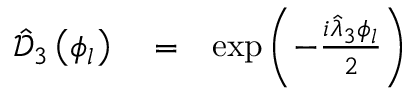
\begin{array} { r l r } { \hat { \mathcal D } _ { 3 } \left( \phi _ { l } \right) } & { { } = } & { \exp \left( - \frac { i \hat { \lambda } _ { 3 } \phi _ { l } } { 2 } \right) } \end{array}